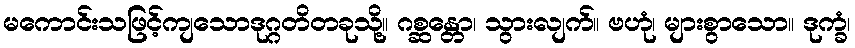
မကောင်းသဖြင့်ကျသောဒုဂ္ဂတိတခုသို့။ ဂစ္ဆန္တော၊ သွားလျက်။ ဗဟုံ၊ များစွာသော။ ဒုက္ခံ၊